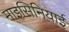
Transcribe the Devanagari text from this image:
माइसिनियाई